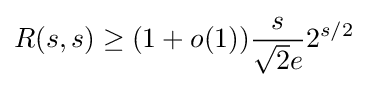
R(s,s)\geq (1+o(1)){\frac {s}{{\sqrt {2}}e}}2^{s/2}